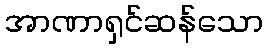
အာဏာရှင်ဆန်သော